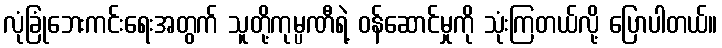
လုံခြုံဘေးကင်းရေးအတွက် သူတို့ကုမ္ပဏီရဲ့ ဝန်ဆောင်မှုကို သုံးကြတယ်လို့ ပြောပါတယ်။